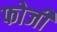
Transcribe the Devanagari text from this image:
फोजी